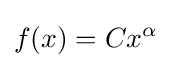
f(x)=Cx^{\alpha }